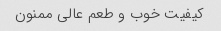
کیفیت خوب و طعم عالی ممنون